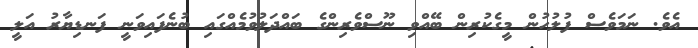
އެވެ. ނަމަވެސް ފުލުހުން މީގެކުރިން ބޭއްވި ނޫސްވެރިންގެ ބައްދަލުވުމެއްގައި ބުނެފައިވަނީ ފަނޑިޔާރު އަލީ